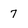
Character: 7